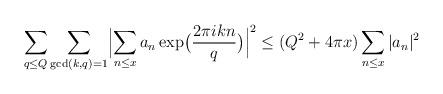
LaTeX: \begin{align*}\sum_{q \leq Q} \sum_{\gcd(k,q)=1} \Bigl| \sum_{n \leq x} a_n \exp \bigl(\frac{2 \pi i kn}{q} \bigr) \Bigr|^2 \leq (Q^2+ 4 \pi x) \sum_{n \leq x} |a_n|^2 \end{align*}